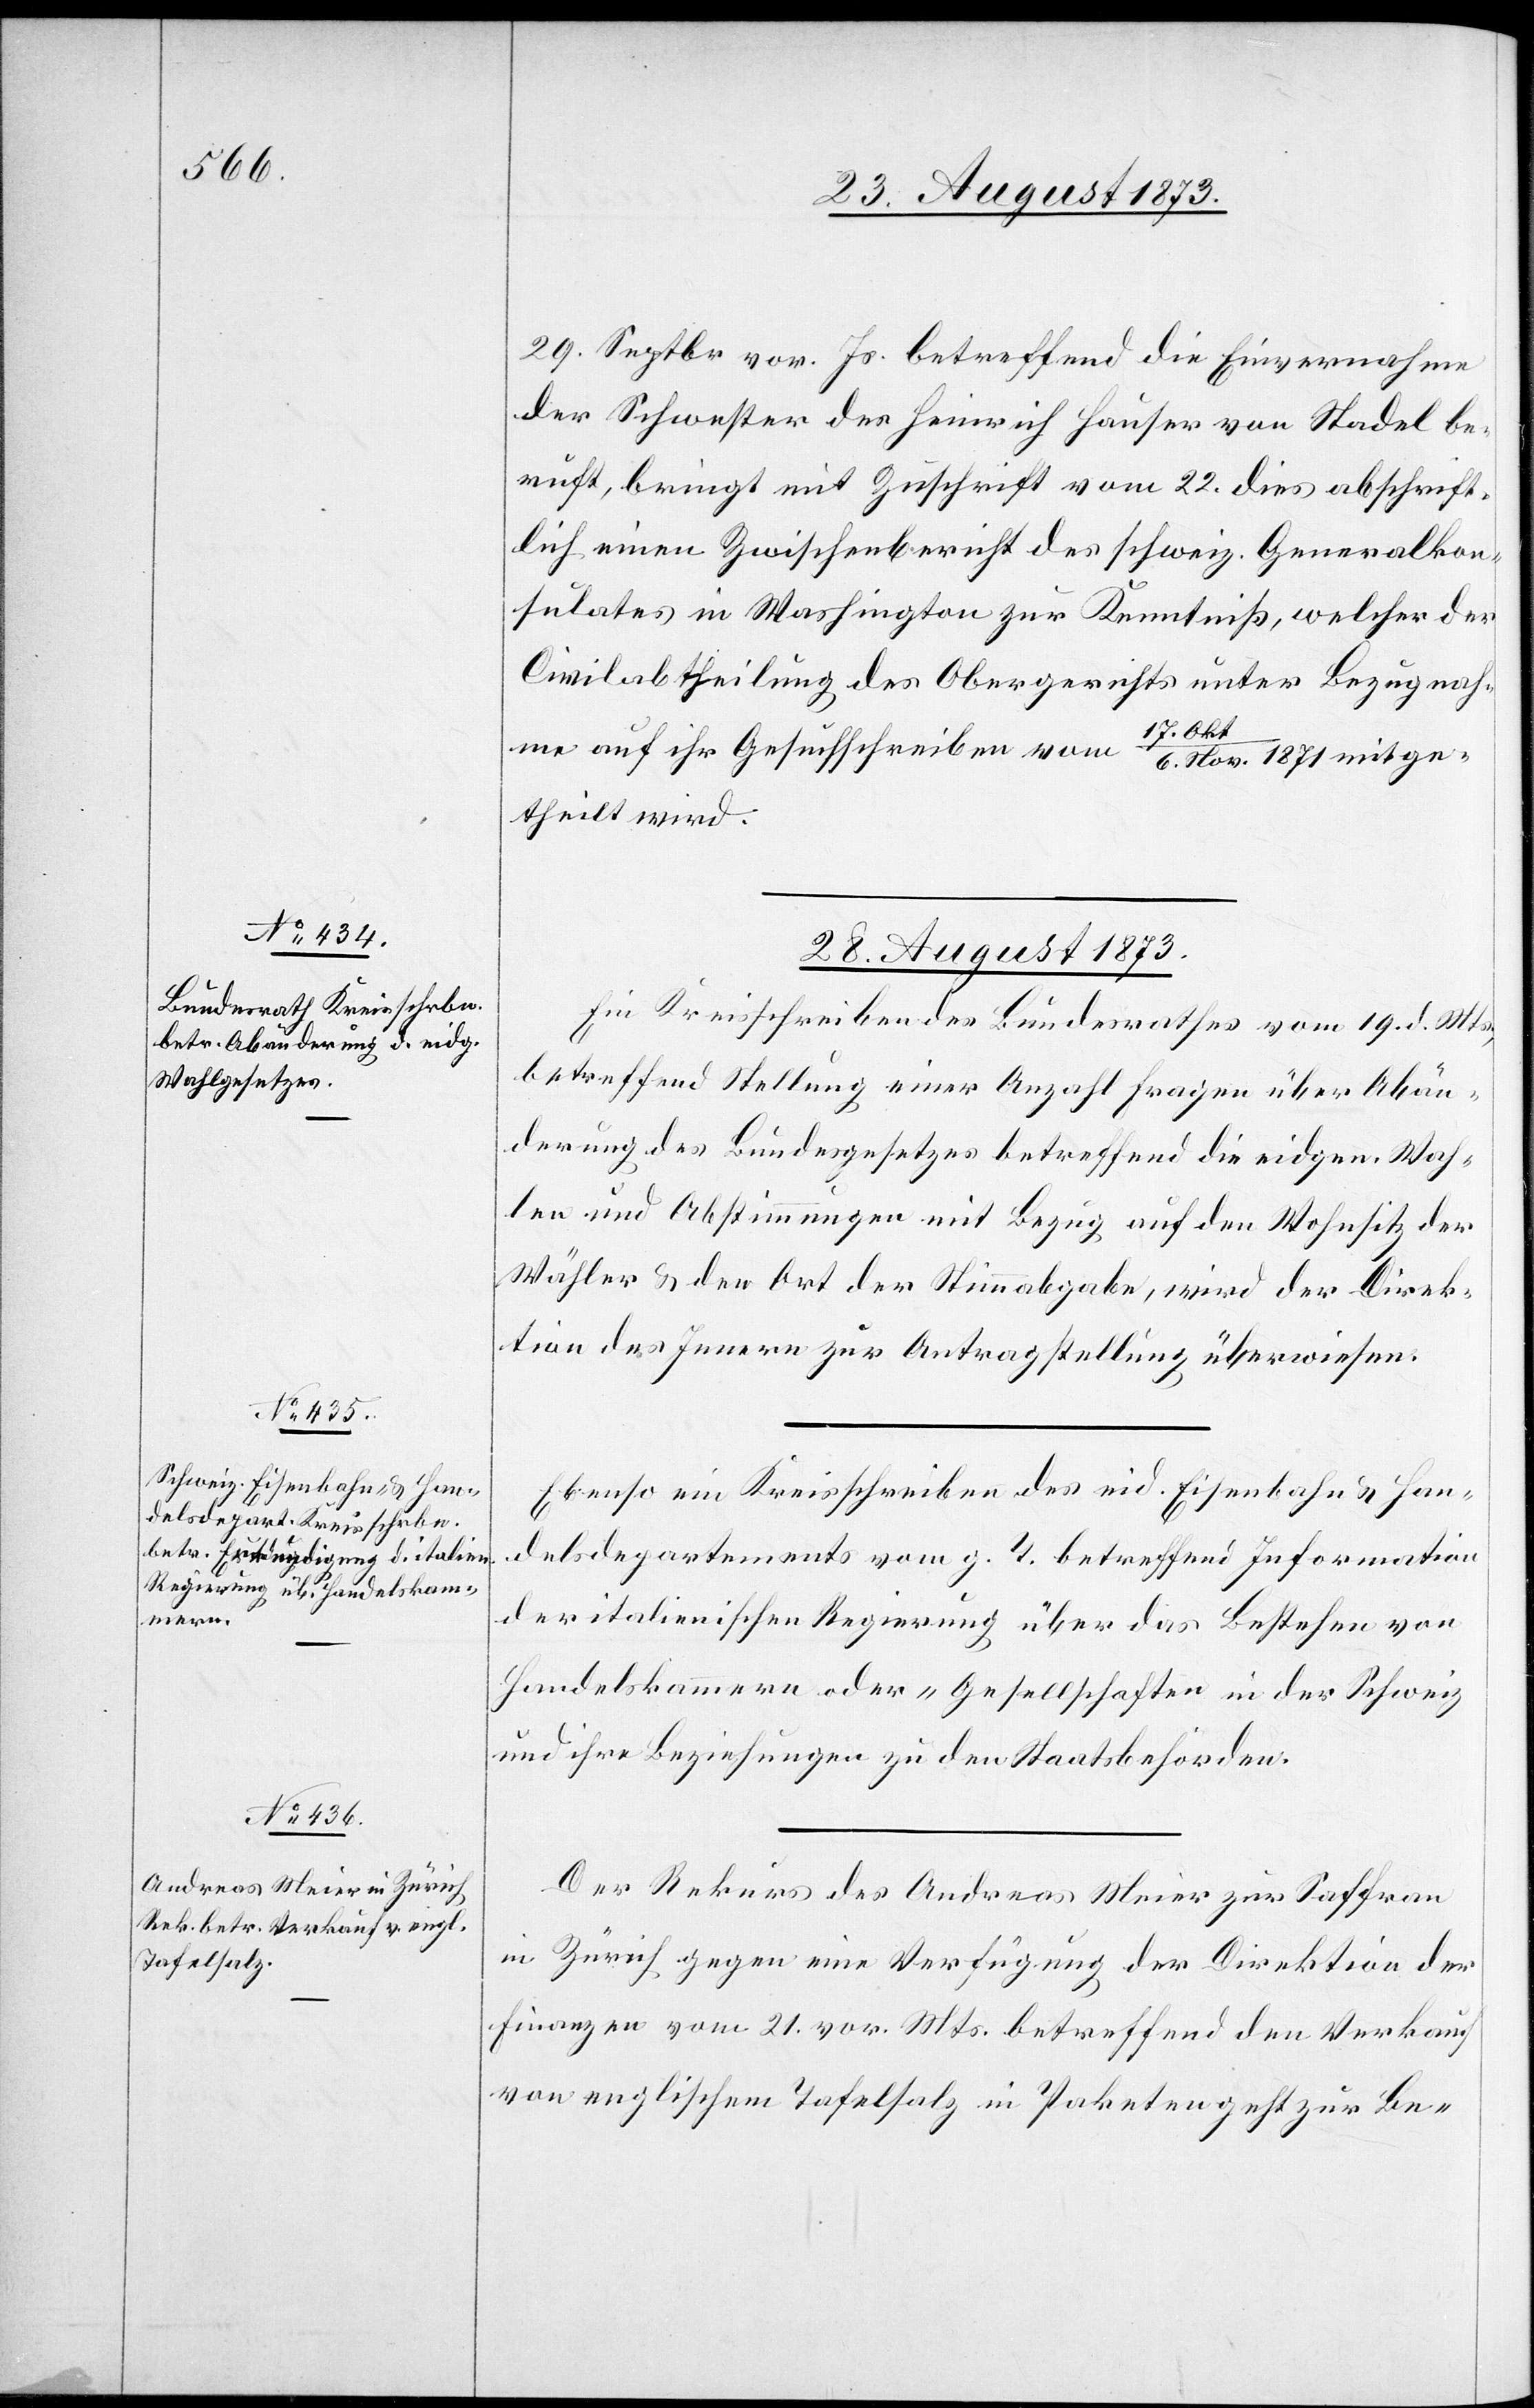
29. Septbr. vor. Js. betreffend die Einvernahme
der Schwester des Heinrich Hauser von Stadel be¬
ruft, bringt mit Zuschrift vom 22. dies abschrift¬
lich einen Zwischenbericht des schweiz. Generalkon¬
sulates in Washington zur Kenntniß, welcher der
Civilabtheilung des Obergerichts unter Bezugnah¬
17. Ok¬
me auf ihr Gesuchschreiben vom
t/6. Nov. 1871 mitge¬
theilt wird.
28. August 1873.]
Ein Kreisschreiben des Bundesrathes vom 19. d. Mts.,
betreffend Stellung einer Anzahl Fragen über Abän¬
derung des Bundesgesetzes betreffend die eidgen. Wah¬
len und Abstimmungen mit Bezug auf den Wohnsitz der
Wähler & den Ort der Stimmabgabe, wird der Direk¬
tion des Innern zur Antragstellung überwiesen.
Ebenso ein Kreisschreiben des eid. Eisenbahn & Han¬
delsdepartements vom g. T. betreffend Information
der italienischen Regierung über das Bestehen von
Handelskammern oder -Gesellschaften in der Schweiz
und ihre Beziehungen zu den Staatsbehörden.
Der Rekurs des Andreas Meier zur Saffran
in Zürich gegen eine Verfügung der Direktion der
Finanzen vom 21. vor. Mts. betreffend den Verkauf
von englischem Tafelsalz in Paketen geht zur Be-